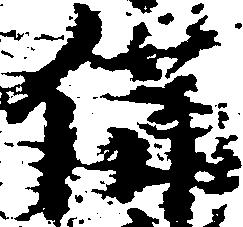
備